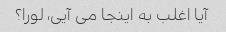
آیا اغلب به اینجا می آیی، لورا؟